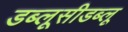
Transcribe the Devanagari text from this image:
डब्लूसीडब्लू